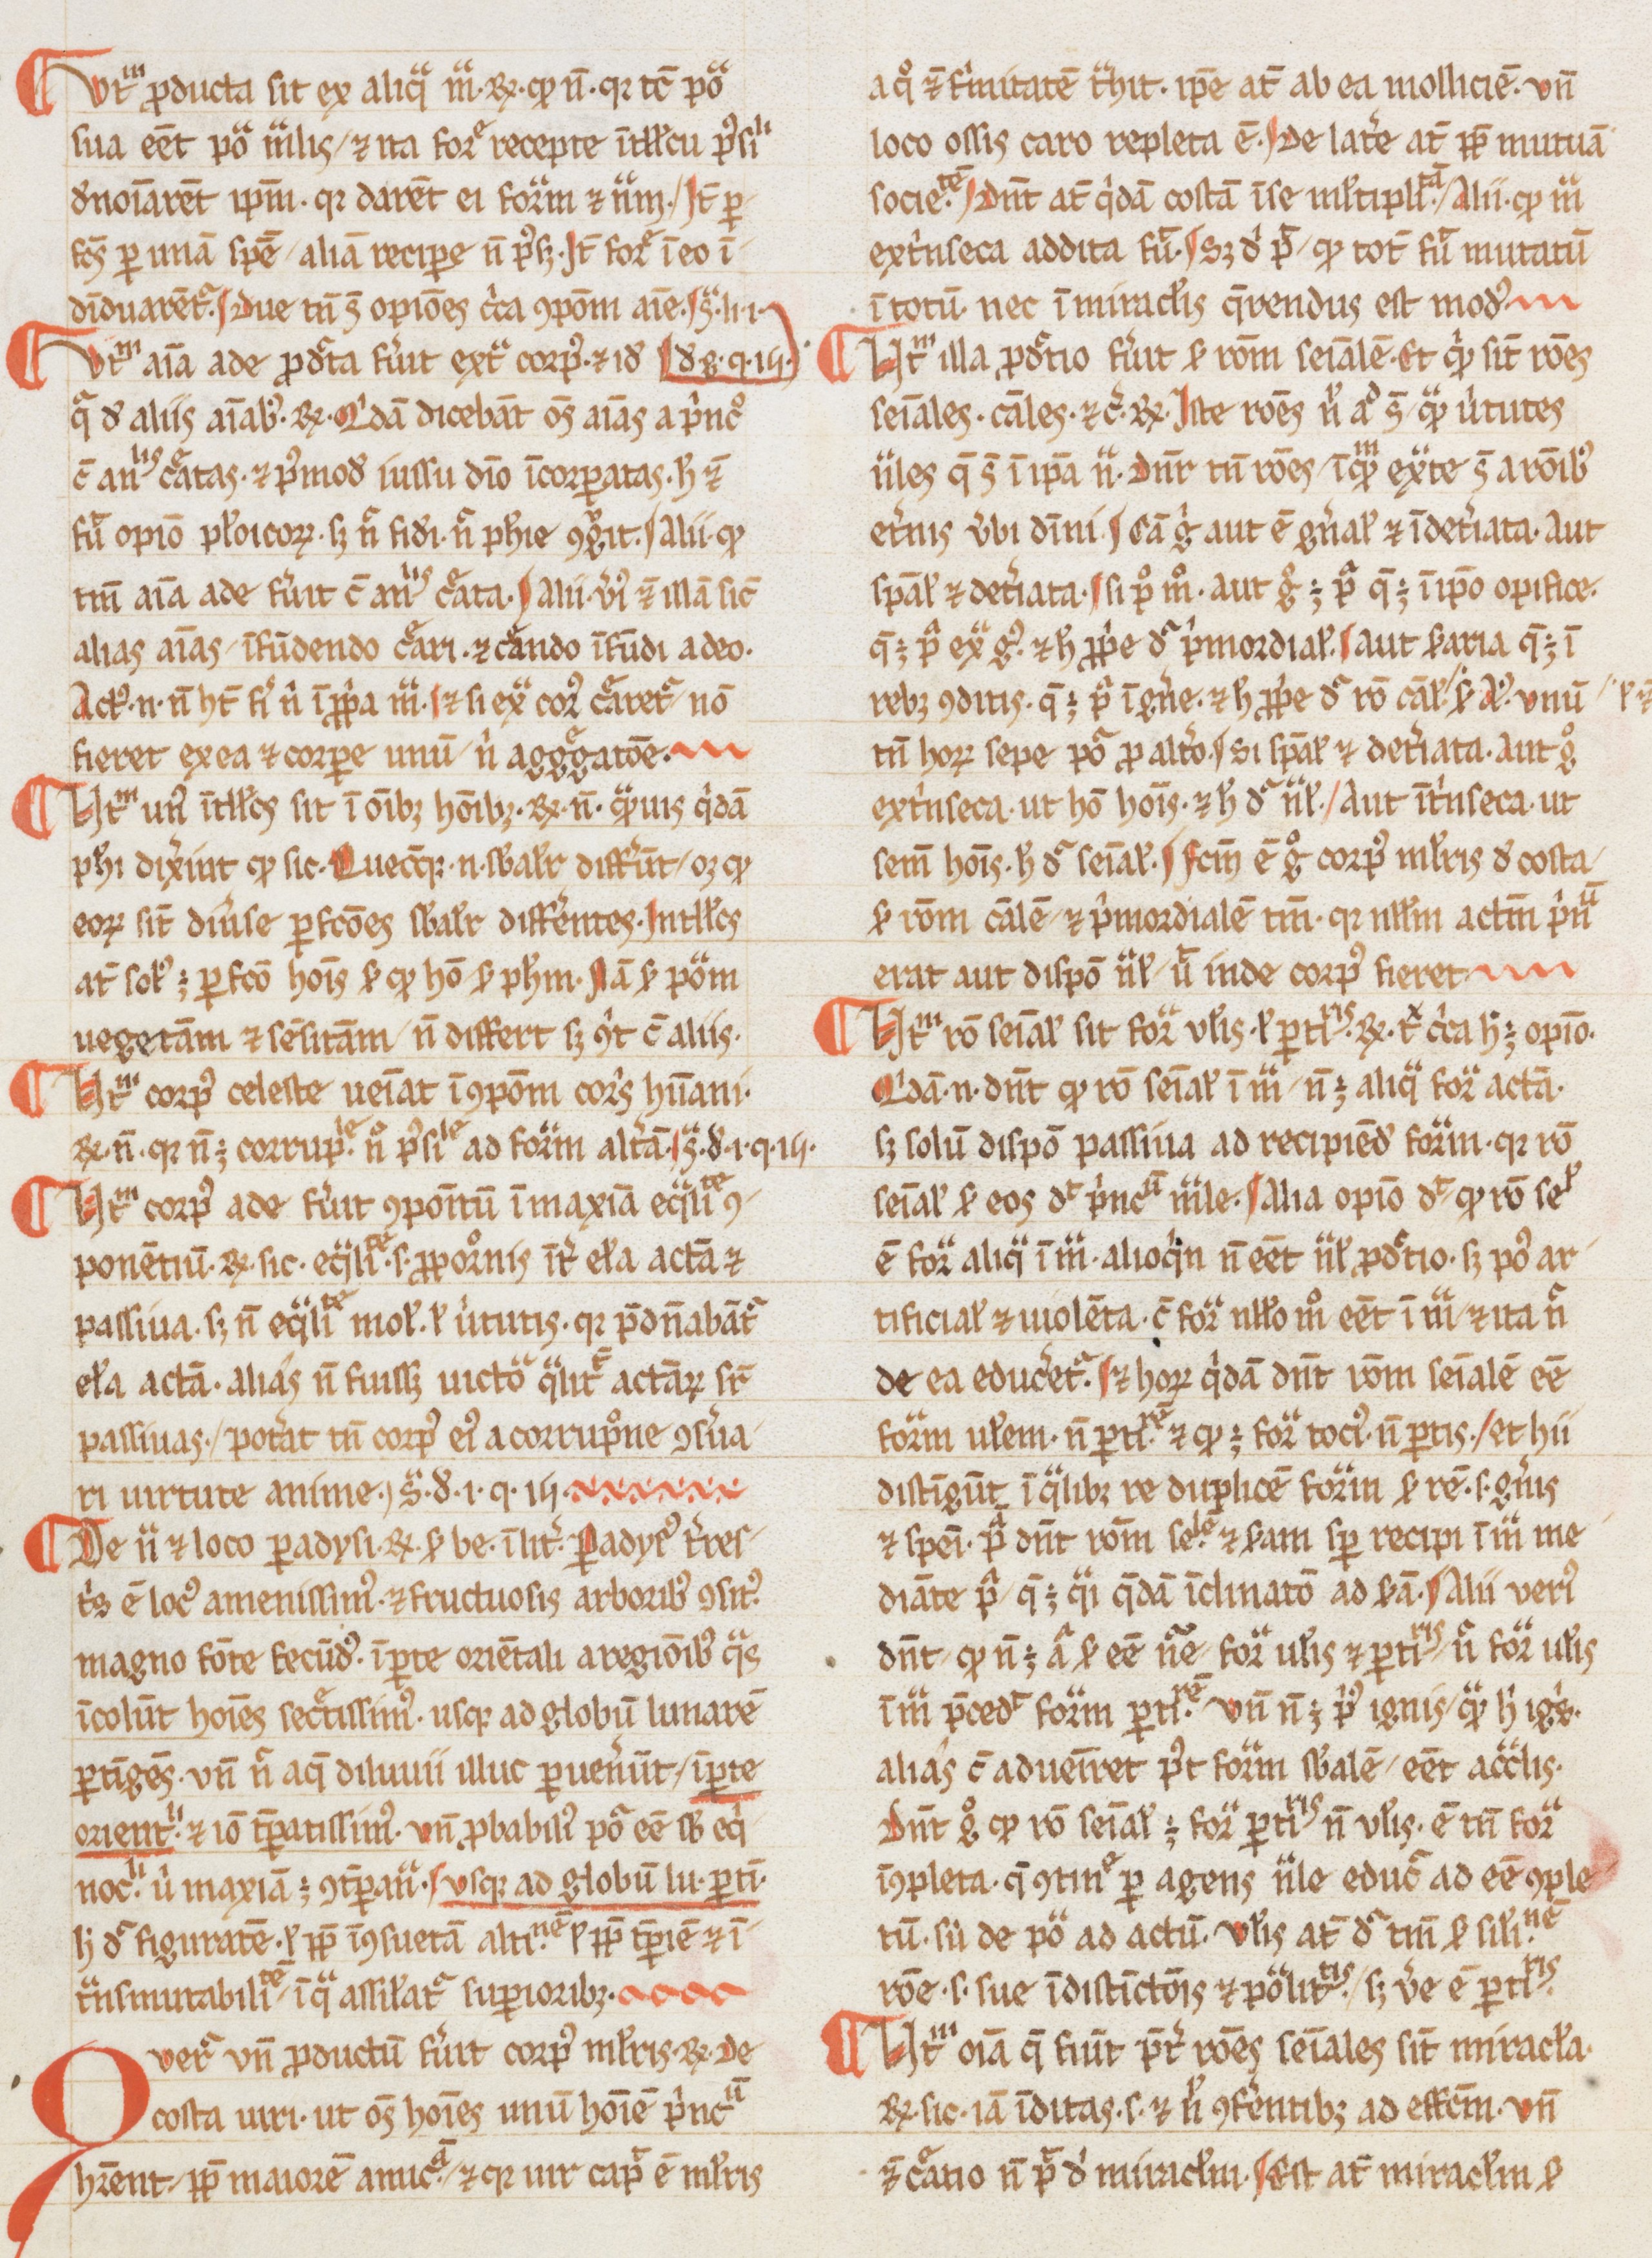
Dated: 1265–1285